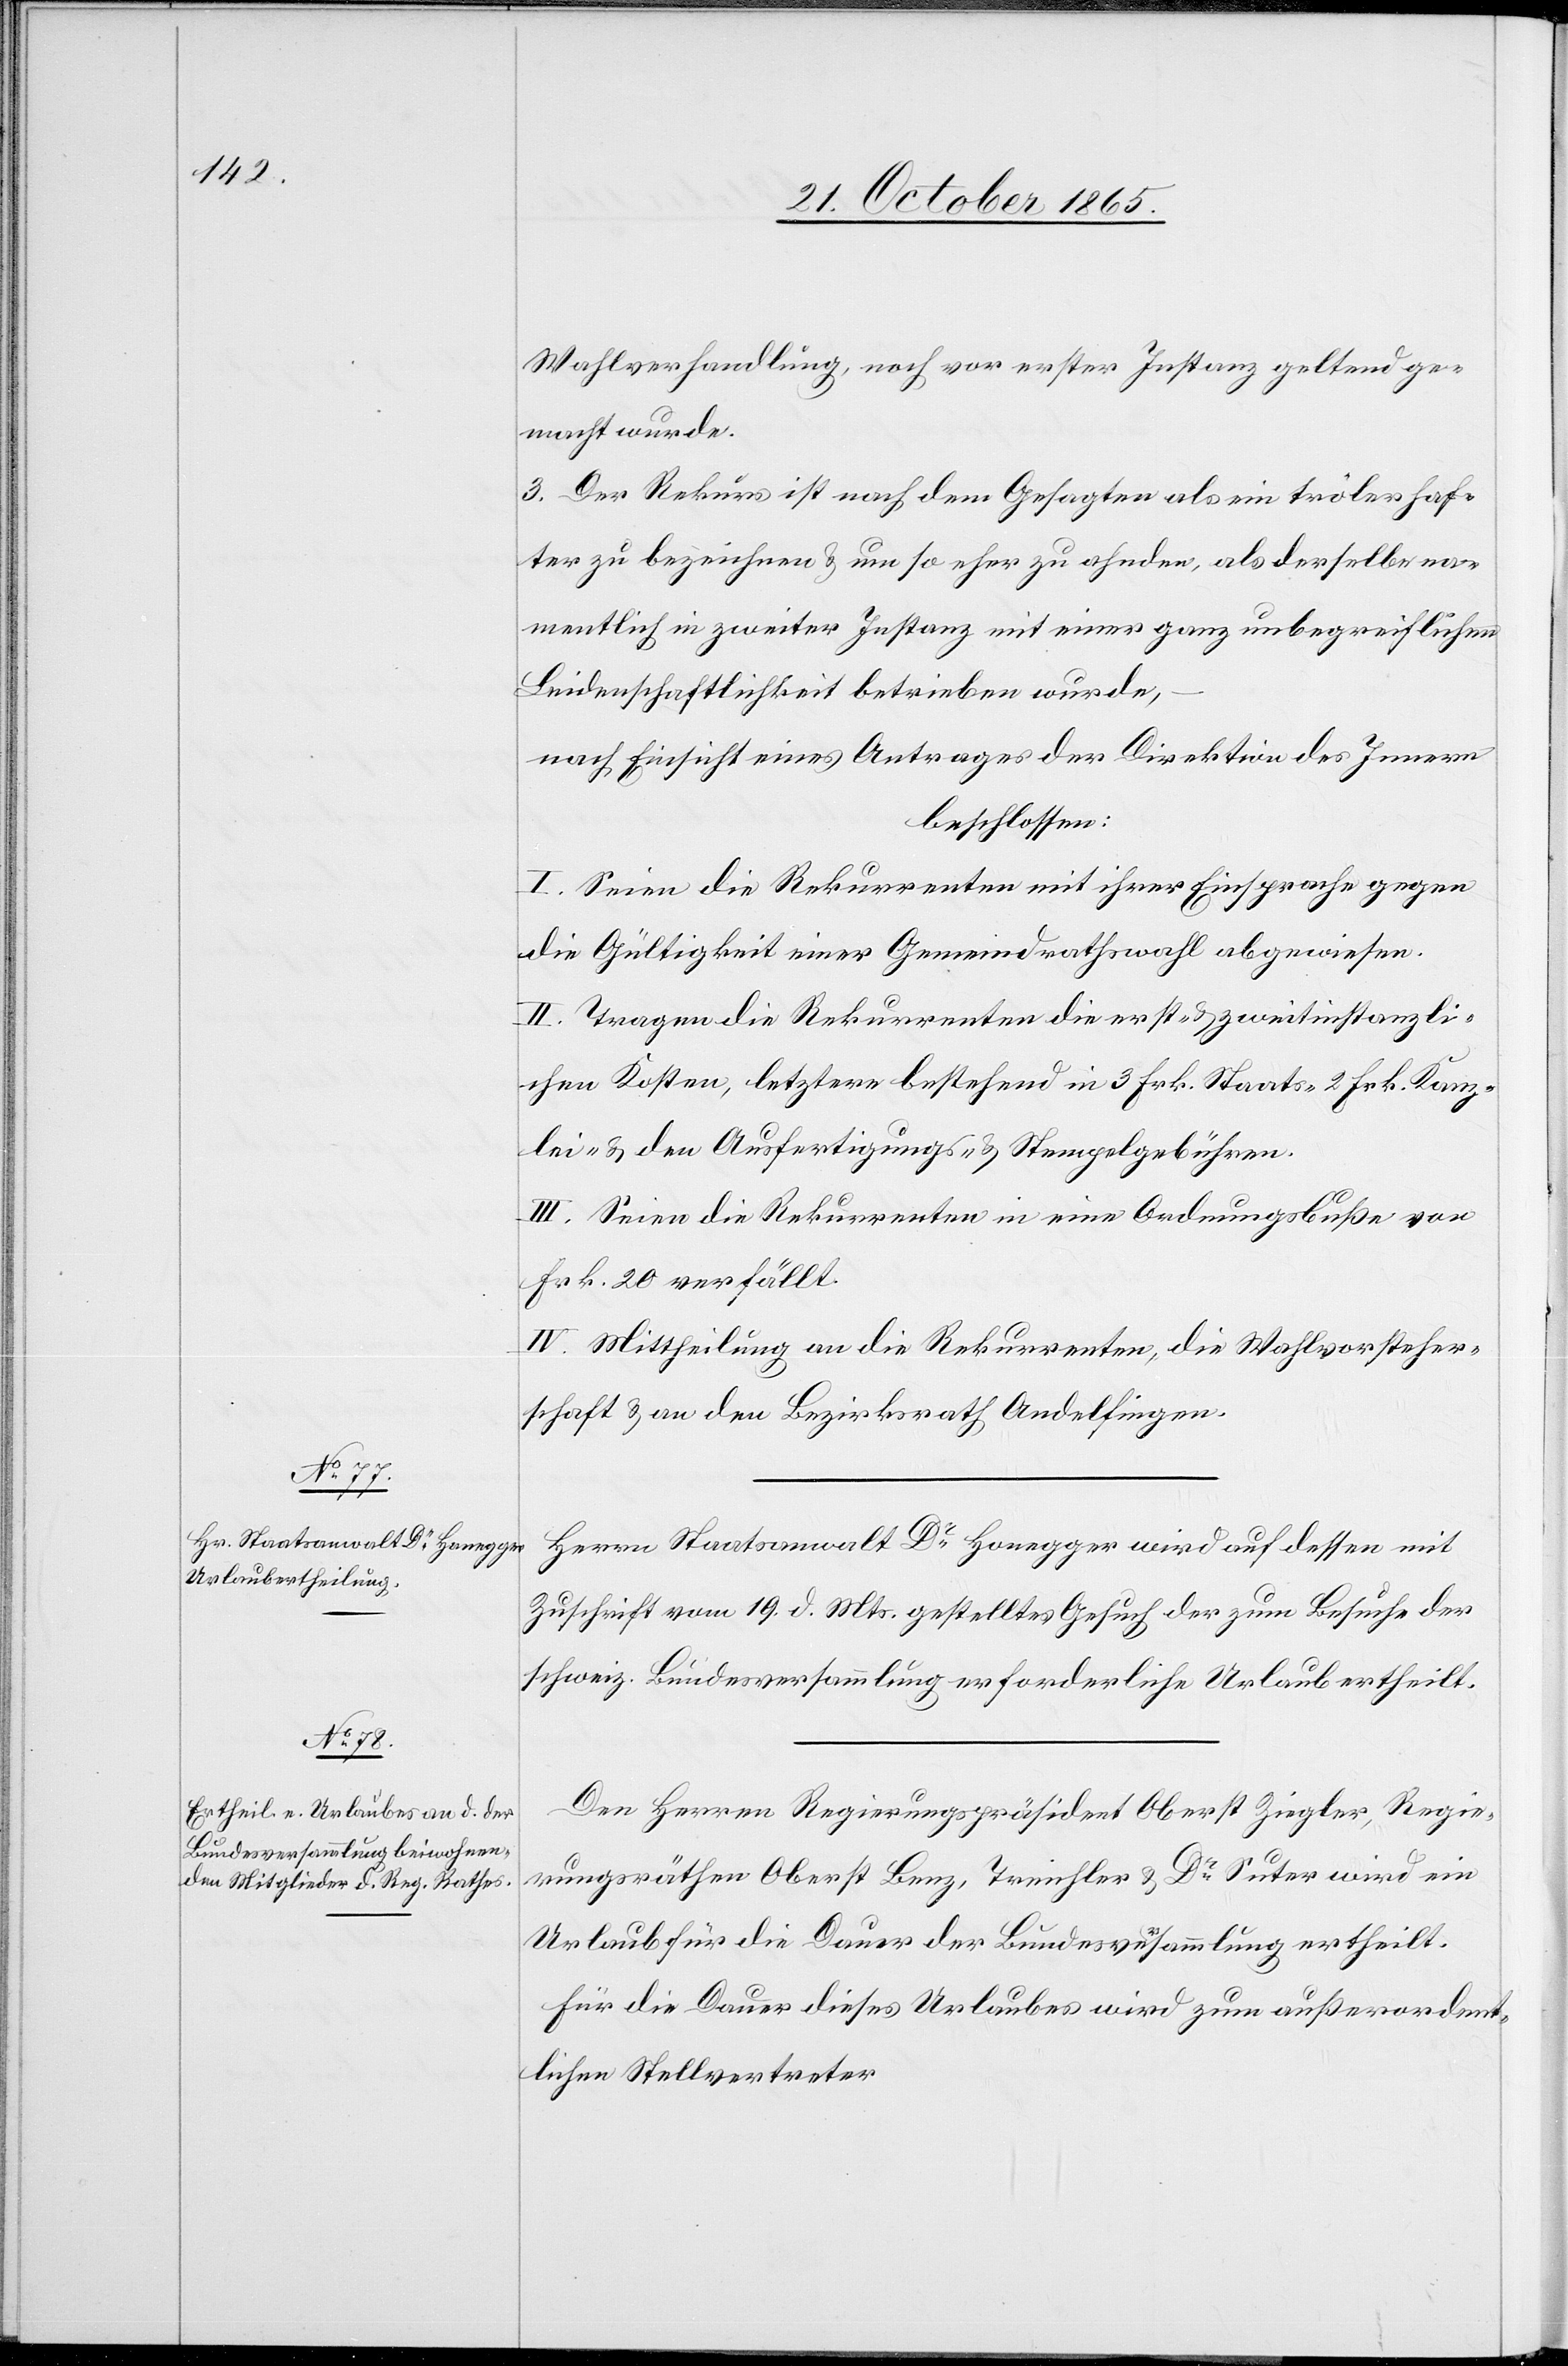
Wahlverhandlung, noch vor erster Instanz geltend ge¬
macht wurde.
3. Der Rekurs ist nach dem Gesagten als ein trölerhaf¬
ter zu bezeichnen & um so eher zu ahnden, als derselbe na¬
mentlich in zweiter Instanz mit einer ganz unbegreiflichen
Leidenschaftlichkeit betrieben wurde,
nach Einsicht eines Antrages der Direktion des Innern,
beschlossen:
I. Seien die Rekurrenten mit ihrer Einsprache gegen
die Gültigkeit einer Gemeindrathswahl abgewiesen.
II. Tragen die Rekurrenten die erst- & zweitinstanzli¬
chen Kosten, letztere bestehend in 3 Frk. Staats- 2 Frk. Kanz¬
lei- & den Ausfertigungs- & Stempelgebühren.
III. Seien die Rekurrenten in eine Ordnungsbuße von
Frk. 20 verfällt.
IV. Mittheilung an die Rekurrenten, die Wahlvorsteher¬
schaft & an den Bezirksrath Andelfingen.
Herrn Staatsanwalt Dr Honegger wird auf dessen mit
Zuschrift vom 19. d. Mts. gestelltes Gesuch der zum Behufe der
schweiz. Bundesversammlung erforderliche Urlaub ertheilt.
Den Herren Regierungspräsident Oberst Ziegler, Regie¬
rungsräthen Oberst Benz, Treichler & Dr Suter wird ein
Urlaub für die Dauer der Bundesversammlung ertheilt.
Für die Dauer dieses Urlaubes wird zum außerordent¬
lichen Stellvertreter